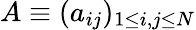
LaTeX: A\equiv(a_{ij})_{1\leq i,j\leq N}